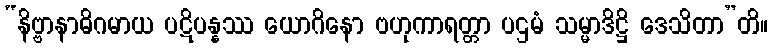
“နိဗ္ဗာနာဓိဂမာယ ပဋိပန္နဿ ယောဂိနော ဗဟုကာရတ္တာ ပဌမံ သမ္မာဒိဋ္ဌိ ဒေသိတာ”တိ။